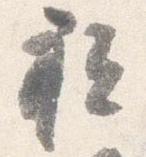
祗